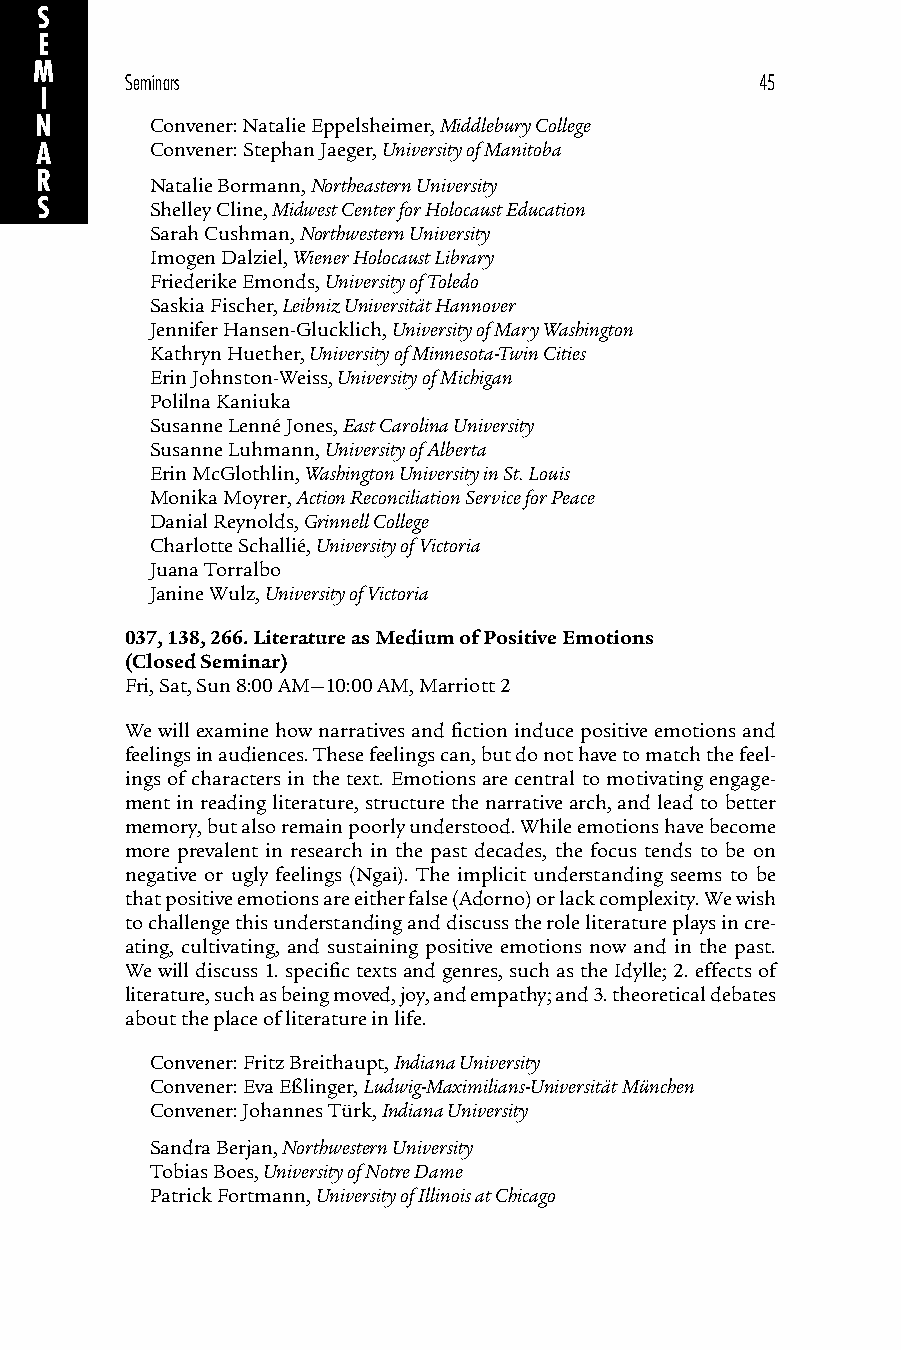
S
 E
 M
 Seminars                                  45
 I
 N       Convener: Natalie Eppelsheimer, Middlebury College
 A       Convener: Stephan Jaeger, University of Manitoba
 R
 Natalie Bormann, Northeastern University
 S       Shelley Cline, Midwest Center for Holocaust Education
 Sarah Cushman, Northwestern University
 Imogen Dalziel, Wiener Holocaust Library
 Friederike Emonds, University of Toledo
 Saskia Fischer, Leibniz Universität Hannover
 Jennifer Hansen-Glucklich, University of Mary Washington
 Kathryn Huether, University of Minnesota-Twin Cities
 Erin Johnston-Weiss, University of Michigan
 Polilna Kaniuka
 Susanne Lenné Jones, East Carolina University
 Susanne Luhmann, University of Alberta
 Erin McGlothlin, Washington University in St. Louis
 Monika Moyrer, Action Reconciliation Service for Peace
 Danial Reynolds, Grinnell College
 Charlotte Schallié, University of Victoria
 Juana Torralbo
 Janine Wulz, University of Victoria
 037, 138, 266. Literature as Medium of Positive Emotions
 (Closed Seminar)
 Fri, Sat, Sun 8:00 AM—10:00 AM, Marriott 2
 We will examine how narratives and fiction induce positive emotions and
 feelings in audiences. These feelings can, but do not have to match the feel-
 ings of characters in the text. Emotions are central to motivating engage-
 ment in reading literature, structure the narrative arch, and lead to better
 memory, but also remain poorly understood. While emotions have become
 more prevalent in research in the past decades, the focus tends to be on
 negative or ugly feelings (Ngai). The implicit understanding seems to be
 that positive emotions are either false (Adorno) or lack complexity. We wish
 to challenge this understanding and discuss the role literature plays in cre-
 ating, cultivating, and sustaining positive emotions now and in the past.
 We will discuss 1. specific texts and genres, such as the Idylle; 2. effects of
 literature, such as being moved, joy, and empathy; and 3. theoretical debates
 about the place of literature in life.
 Convener: Fritz Breithaupt, Indiana University
 Convener: Eva Eßlinger, Ludwig-Maximilians-Universität München
 Convener: Johannes Türk, Indiana University
 Sandra Berjan, Northwestern University
 Tobias Boes, University of Notre Dame
 Patrick Fortmann, University of Illinois at Chicago